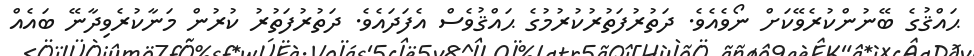
ޙައްޤުގެ ބޭނުންކުރެވޭކަށް ނޯވެއެވެ. ދަތުރުފަތުރުކުރުމުގެ ޙައްޤުވެސް އެފަދައެވެ. ދަތުރުފަތުރު ކުރުން މަނާކުރެވިދާނޭ ބައެއް